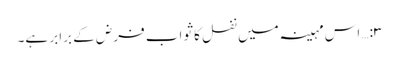
۳:… اس مہینہ میں نفل کا ثواب فرض کے برابر ہے۔